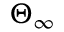
\Theta _ { \infty }